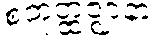
စတုတ္ထဇ္ဈာနာ